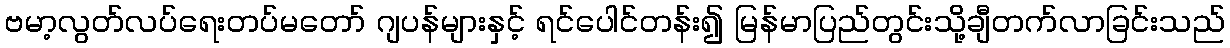
ဗမာ့လွတ်လပ်ရေးတပ်မတော် ဂျပန်များနှင့် ရင်ပေါင်တန်း၍ မြန်မာပြည်တွင်းသို့ချီတက်လာခြင်းသည်